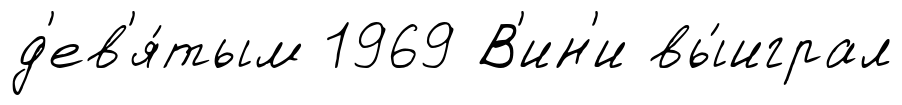
д'ев'я́тым 1969 В'ин'и вы́играл